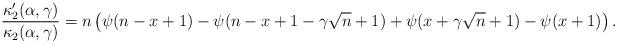
LaTeX: \begin{align*} \frac{\kappa_2^{\prime}(\alpha,\gamma)}{\kappa_2(\alpha,\gamma)} = n \left( \psi(n-x+1) - \psi(n-x+1-\gamma\sqrt{n}+1) + \psi(x+\gamma\sqrt{n} + 1) - \psi(x+1) \right). \end{align*}